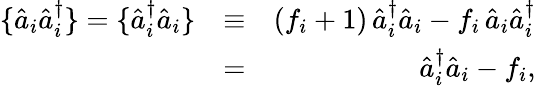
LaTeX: \begin{array}{rlr}{\{ \hat{a}_{i}\hat{a}_{i}^{\dagger}\} =\{ \hat{a}_{i}^{\dagger}\hat{a}_{i}\} }&{\equiv}&{(f_{i}+1)\, \hat{a}_{i}^{\dagger}\hat{a}_{i}-f_{i}\, \hat{a}_{i}\hat{a}_{i}^{\dagger}}\\ &{=}&{\hat{a}_{i}^{\dagger}\hat{a}_{i}-f_{i},}\end{array}